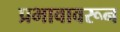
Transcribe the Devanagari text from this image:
प्रभावावरून